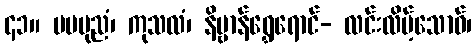
၄၁။ မမပုညံ၊ ကုသလံ၊ နိဗ္ဗာန်ရွှေရောင်- လင်းလိမ့်သောဝ်၊